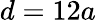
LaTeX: d=12a